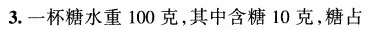
3.一杯糖水重100克，其中含糖10克，糖占